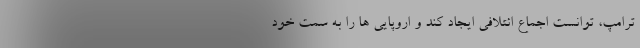
ترامپ، توانست اجماع ائتلافی ایجاد کند و اروپایی ها را به سمت خود